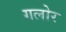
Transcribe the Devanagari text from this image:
गलोर